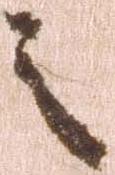
之